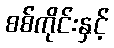
စစ်ကိုင်းနှင့်